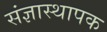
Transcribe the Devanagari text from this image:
संज्ञास्थापक